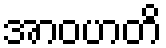
အာဝဟတိ